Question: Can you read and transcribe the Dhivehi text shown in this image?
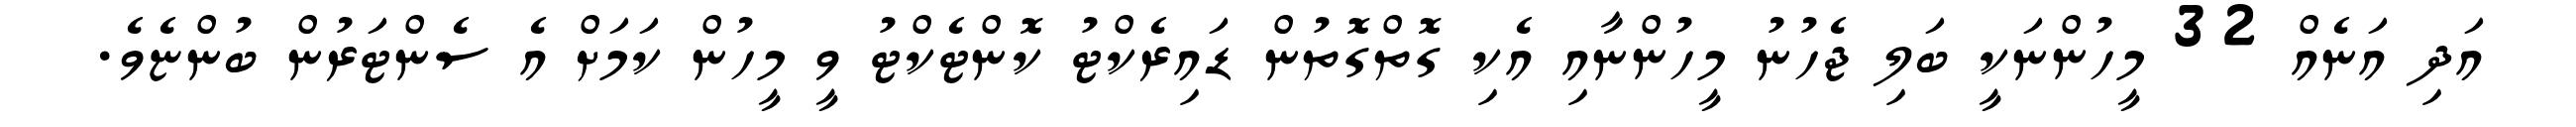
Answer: އަދި އަނެއް 32 މީހުންނަކީ ބަލި ޖެހުނު މީހުންނާއި އެކި ގޮތްގޮތުން ޑައިރެކްޓު ކޮންޓެކްޓު ވީ މީހުން ކަމަށް އެ ސެންޓަރުން ބުންޏެވެ.